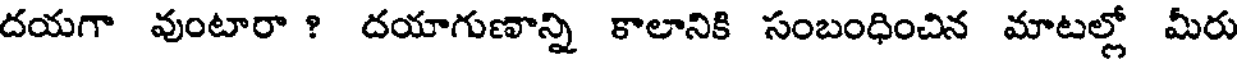
దయగా వుంటారా ? దయాగుణాన్ని కాలానికి సంబంధించిన మాటల్లో మీరు